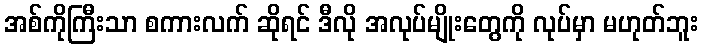
အစ်ကိုကြီးသာ စကားလက် ဆိုရင် ဒီလို အလုပ်မျိုးတွေကို လုပ်မှာ မဟုတ်ဘူး